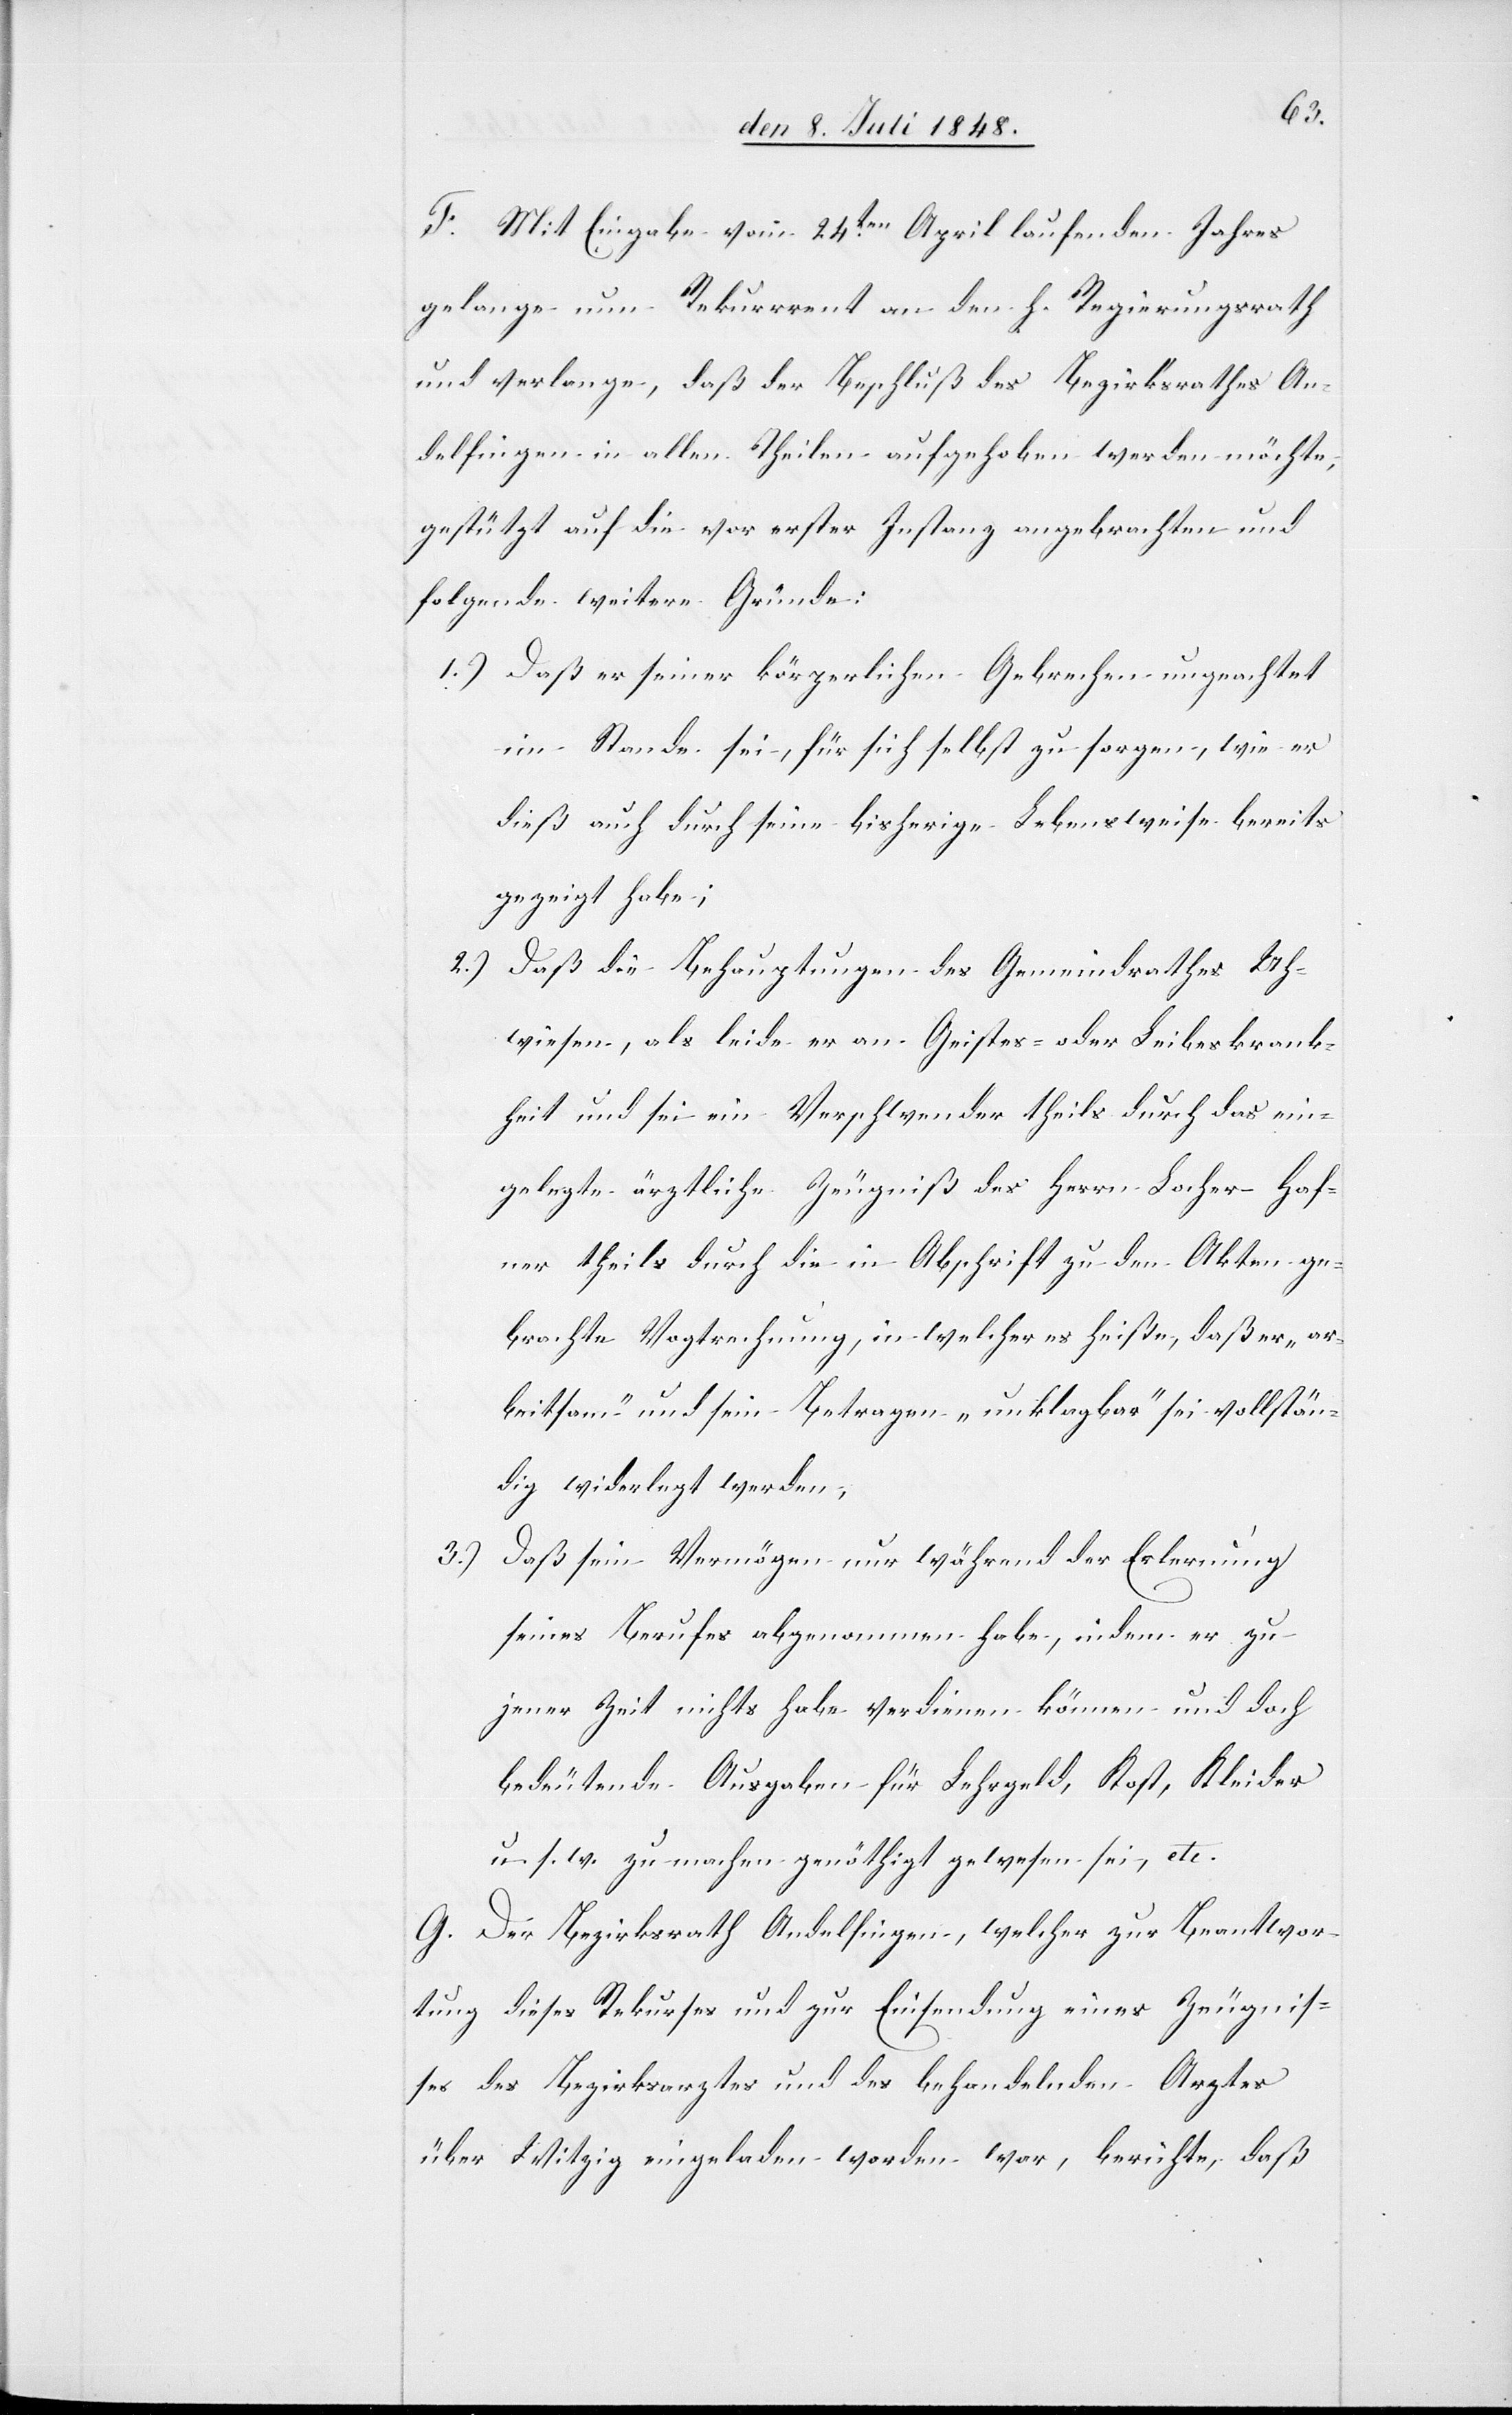
F. Mit Eingabe vom 24ten April laufenden Jahres
gelange nun Rekurrent an den h. Regierungsrath
und verlange, daß der Beschluß des Bezirksrathes An¬
delfingen in allen Theilen aufgehoben werden möchte,
gestützt auf die vor erster Instanz angebrachten und
folgende weitere Gründe:
1.) Daß er seiner körperlichen Gebrechen ungeachtet
im Stande sei, für sich selbst zu sorgen, wie er
dieß auch durch seine bisherige Lebensweise bereits
gezeigt habe;
2.) Daß die Behauptungen des Gemeindrathes Uh¬
wiesen, als leide er an Geistes- oder Leibeskrank¬
heit und sei ein Verschwender theils durch das ein¬
gelegte ärztliche Zeugniß des Herrn Locher-Haf¬
ner theils durch die in Abschrift zu den Akten ge¬
brachte Vogtrechung, in welcher es heiße, daß er „ar¬
beitsam“ und sein Betragen „unklagbar“ sei vollstän¬
dig widerlegt werden,
3.) Daß sein Vermögen nur während der Erlernung
seines Berufes abgenommen habe, indem er zu
jener Zeit nichts habe verdienen können und doch
bedeutende Ausgaben für Lehrgeld, Kost, Kleider
u. s. w. zumachen genöthigt gewesen sei, etc.
G. Der Bezirksrath Andelfingen, welcher zur Beantwor¬
tung dieses Rekurses und zur Einsendung eines Zeugnis¬
ses des Bezirksarztes und des behandelnden Arztes
über Witzig eingeladen worden war, berichte, daß